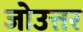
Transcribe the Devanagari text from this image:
जोउत्तर